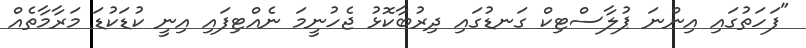
"ފަހަތުގައި އިންނަ ޕުލާސްޓިކް ގަނޑުގައި ދިރުބާކޮޅު ޖެހުނީމަ ނެއްޓިފައި އިނީ ކުޑަކުޑަ މަރާމާތެއް